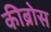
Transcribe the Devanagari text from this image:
कीब्रोस